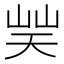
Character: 𡷪